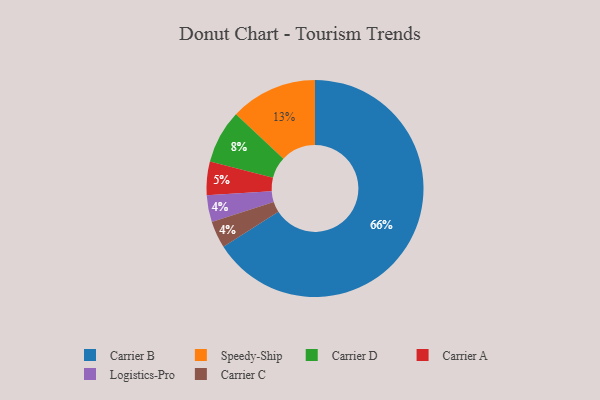
{"axis": {"x": "Category", "y": "Percentage"}, "legend": ["Carrier A", "Carrier B", "Carrier C", "Carrier D", "Logistics-Pro", "Speedy-Ship"], "data": [{"x": "Speedy-Ship", "y": 13, "type": "Speedy-Ship"}, {"x": "Carrier D", "y": 8, "type": "Carrier D"}, {"x": "Carrier B", "y": 66, "type": "Carrier B"}, {"x": "Carrier A", "y": 5, "type": "Carrier A"}, {"x": "Logistics-Pro", "y": 4, "type": "Logistics-Pro"}, {"x": "Carrier C", "y": 4, "type": "Carrier C"}]}